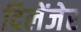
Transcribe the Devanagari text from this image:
दिलेंजेर